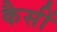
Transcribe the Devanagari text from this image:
कैसीं